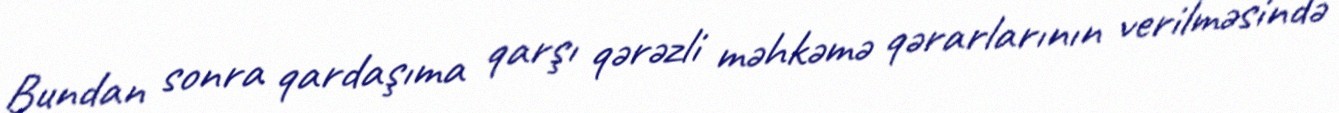
Bundan sonra qardaşıma qarşı qərəzli məhkəmə qərarlarının verilməsində